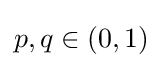
p,q\in (0,1)